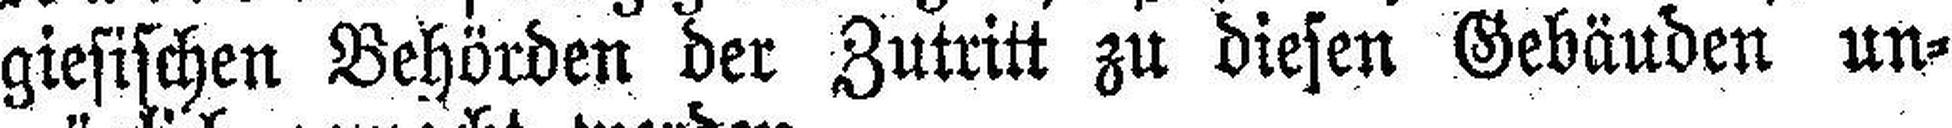
giesischen Behörden der Zutritt zu diesen Gebäuden un¬